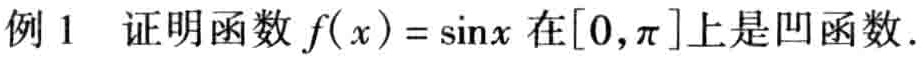
例 1  证明函数 \(f(x)=\sin x\) 在\([0,\pi]\)上是凹函数.